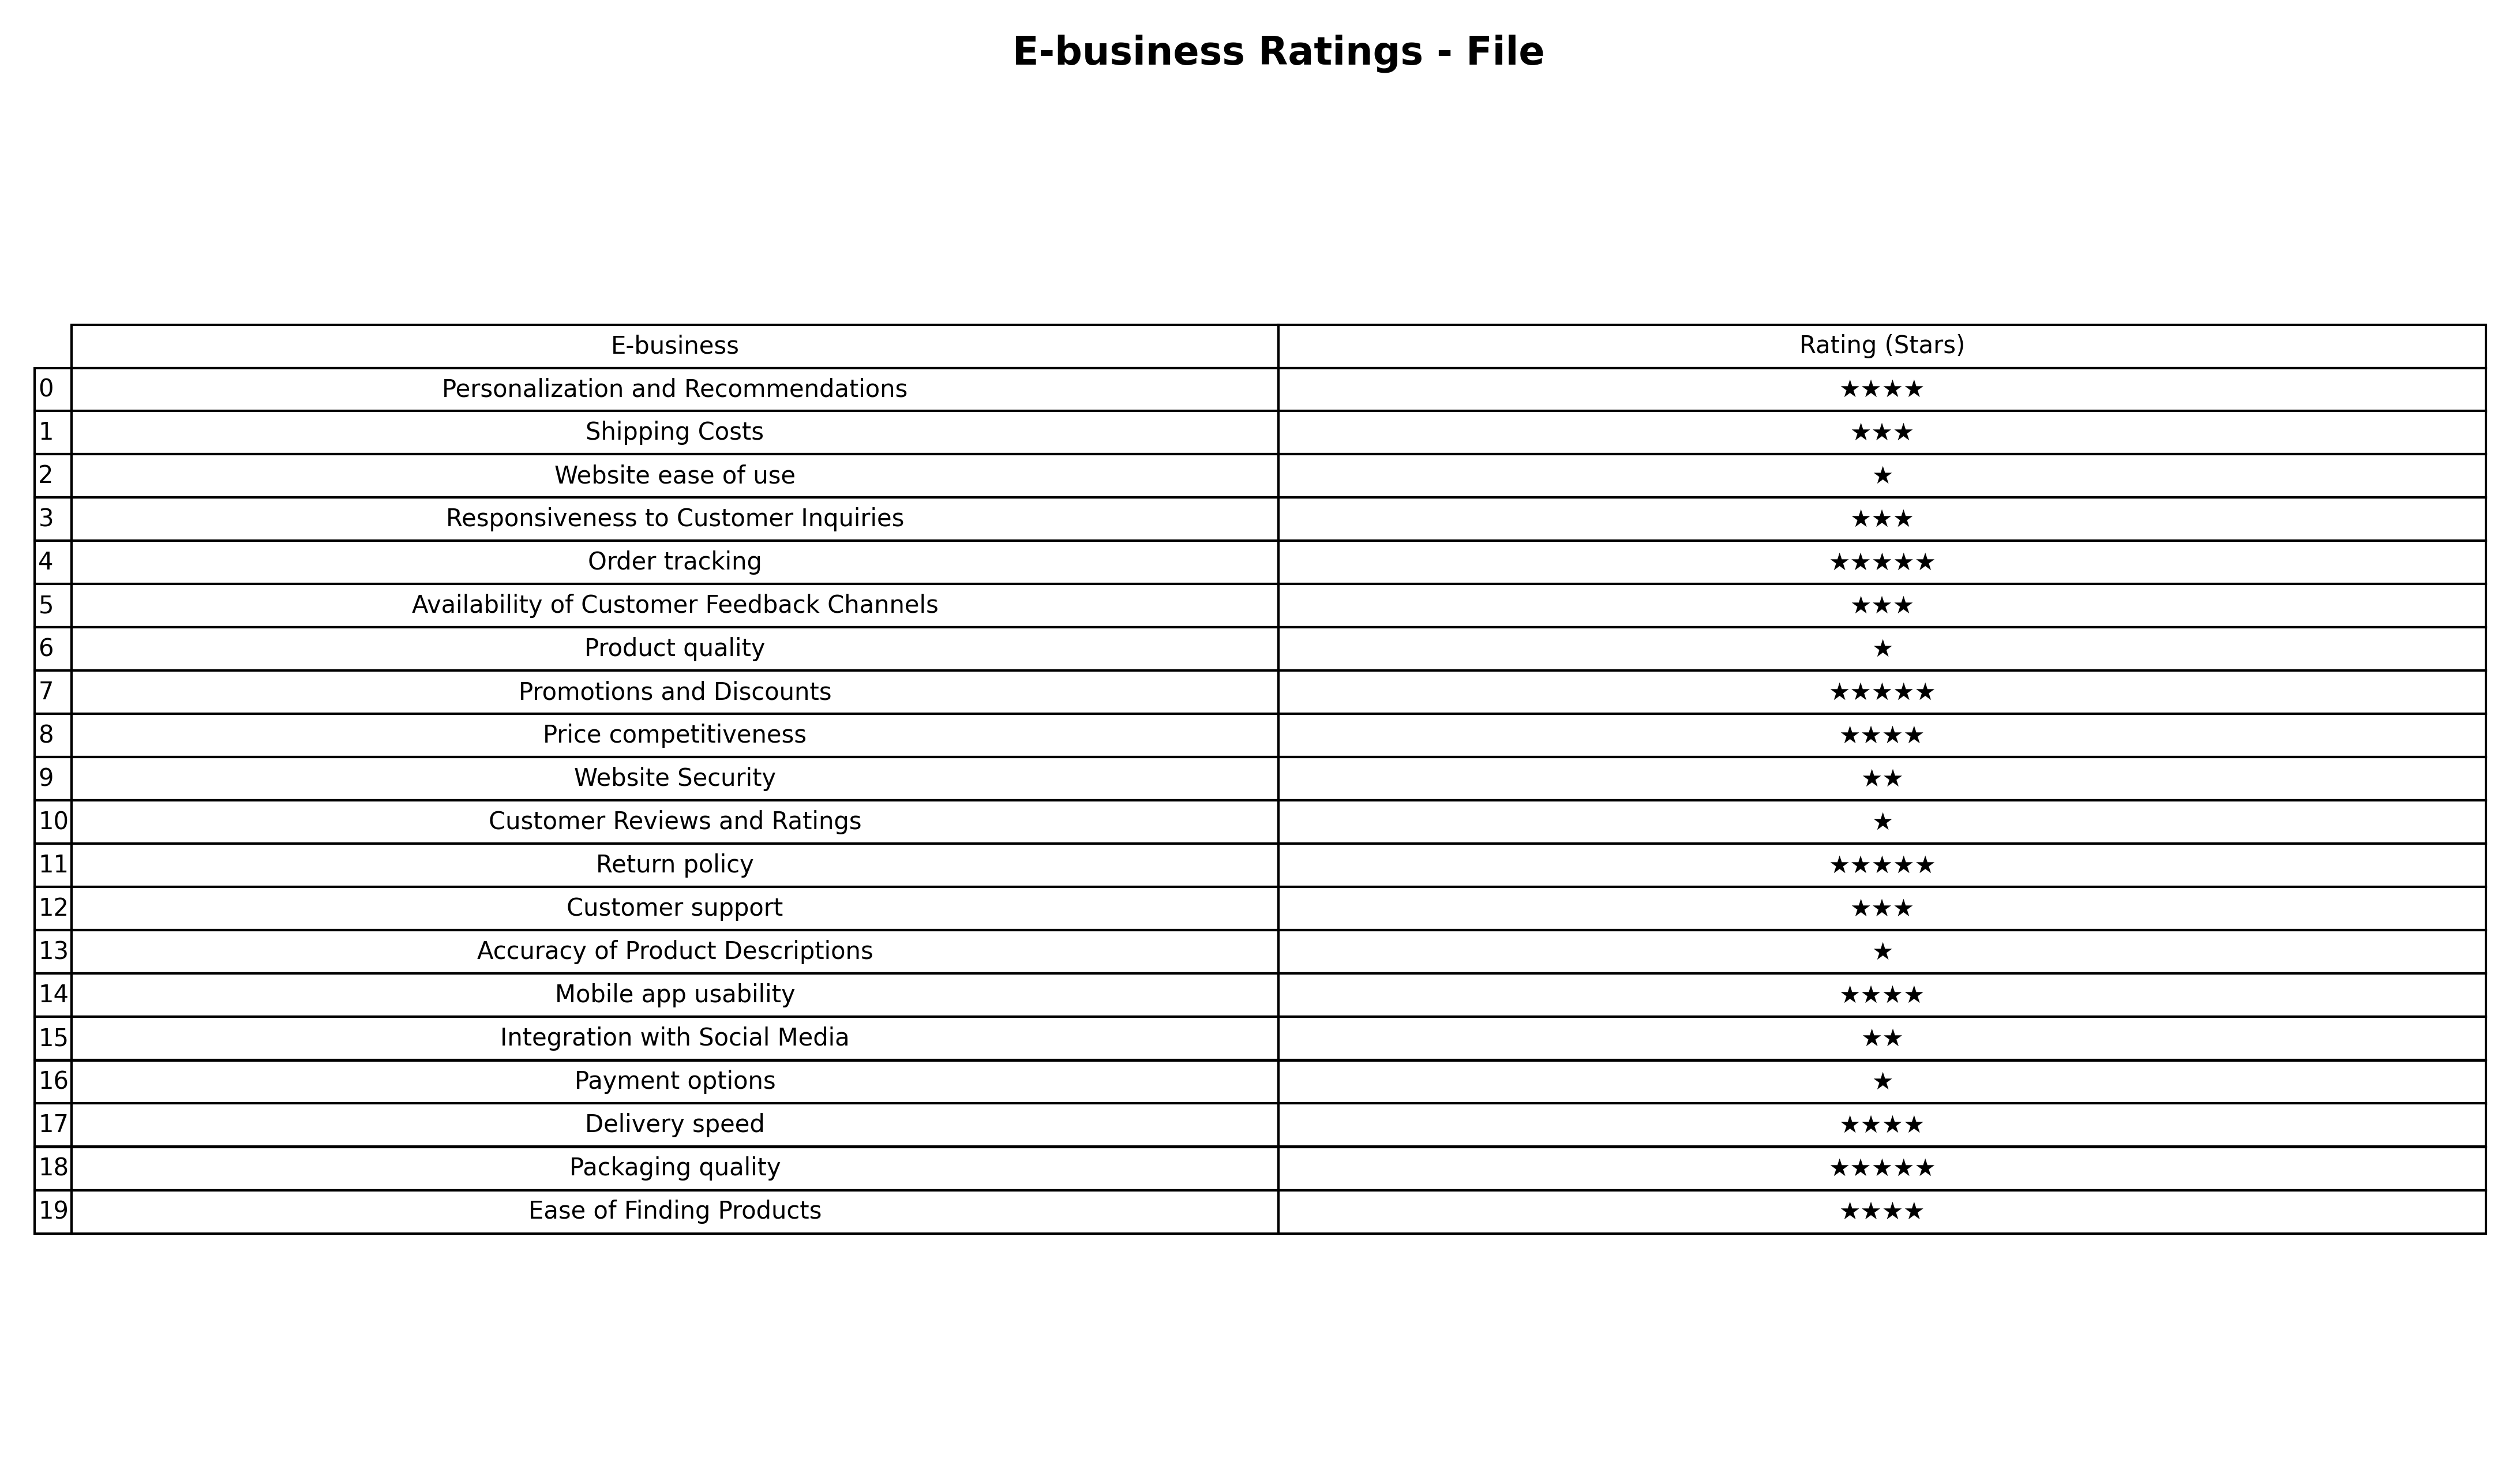
question: What are three star services?
answer: Shipping CostsResponsiveness to Customer InquiriesAvailability of Customer Feedback ChannelsCustomer support